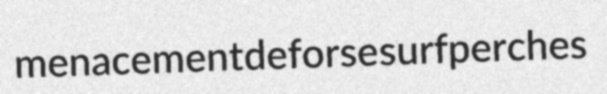
menacement deforse surfperches